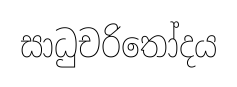
සාධුචරිතෝදය